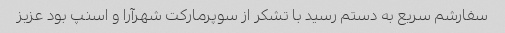
سفارشم سریع به دستم رسید با تشکر از سوپرمارکت شهرآرا و اسنپ بود عزیز